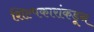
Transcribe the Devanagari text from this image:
शिल्पकारांकडून